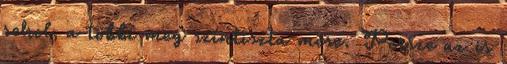
sehol, a többi meg színtiszta mese. Persze az is